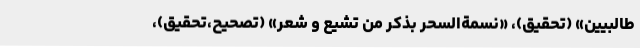
طّالبیّین» (تحقیق)، «نَسمةالسَّحر بذکر من تشیَّع و شعر» (تصحیح،تحقیق)،